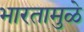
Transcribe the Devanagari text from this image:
भारतामुळे